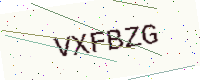
Text: VXFBZG